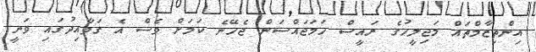
އިންތިޒާމްތައް މަޖިލީހުގެ ރައީސް ހަމަޖައްސަން ޖެހޭނެ ކަމަށް ވެސް އެ ގަވާއިދުގައި ވަނީ